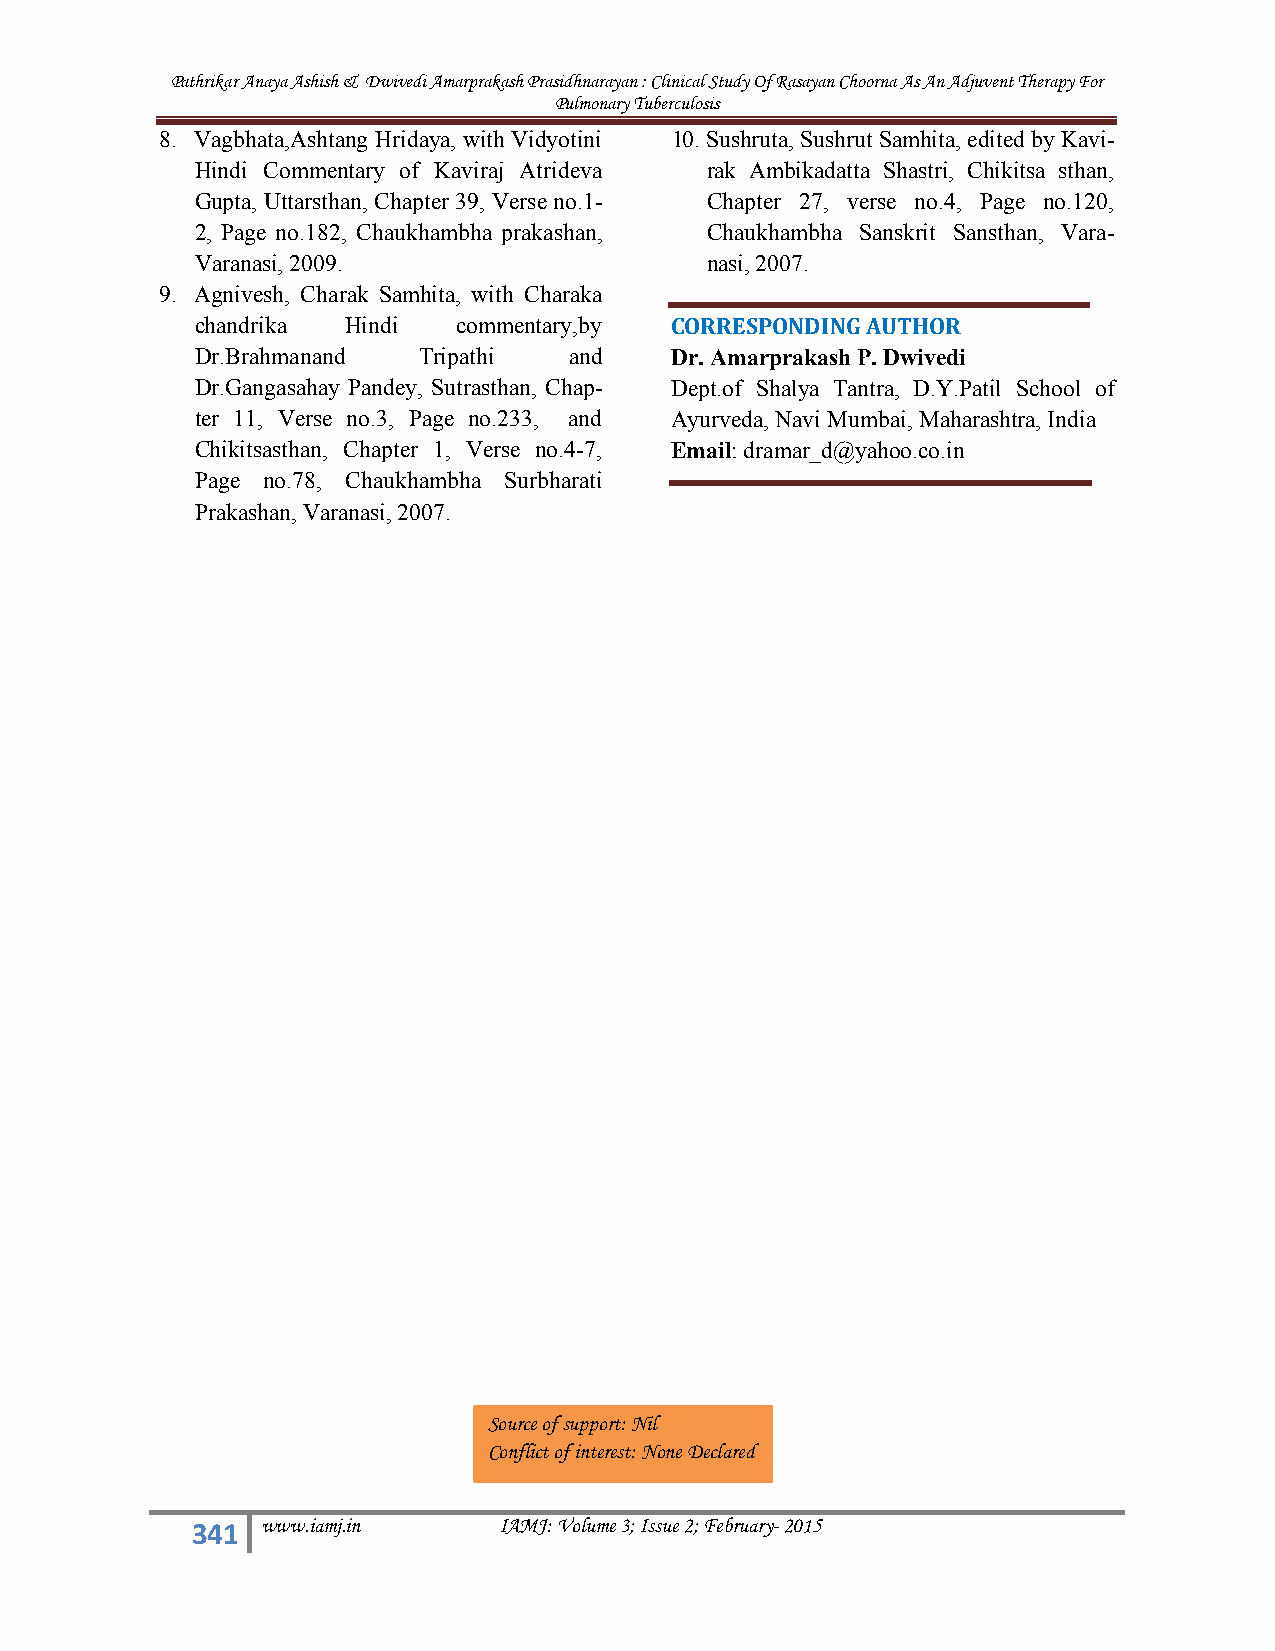
Pathrikar Anaya Ashish & Dwivedi Amarprakash Prasidhnarayan : Clinical Study Of Rasayan Choorna As An Adjuvent Therapy For
 Pulmonary Tuberculosis
 8. Vagbhata,Ashtang Hridaya, with Vidyotini 10.Sushruta, Sushrut Samhita, edited by Kavi-
 Hindi Commentary of Kaviraj Atrideva rak Ambikadatta Shastri, Chikitsa sthan,
 Gupta, Uttarsthan, Chapter 39, Verse no.1- Chapter 27, verse no.4, Page no.120,
 2, Page no.182, Chaukhambha prakashan, Chaukhambha Sanskrit Sansthan, Vara-
 Varanasi, 2009.                   nasi, 2007.
 9. Agnivesh, Charak Samhita, with Charaka
 chandrika Hindi  commentary,by CORRESPONDING AUTHOR
 Dr.Brahmanand  Tripathi  and   Dr. Amarprakash P. Dwivedi
 Dr.Gangasahay Pandey, Sutrasthan, Chap- Dept.of Shalya Tantra, D.Y.Patil School of
 ter 11, Verse no.3, Page no.233, and Ayurveda, Navi Mumbai, Maharashtra, India
 Chikitsasthan, Chapter 1, Verse no.4-7, Email: dramar_d@yahoo.co.in
 Page no.78, Chaukhambha Surbharati
 Prakashan, Varanasi, 2007.
 Source of support: Nil
 Conflict of interest: None Declared
 341 www.iamj.in     IAMJ: Volume 3; Issue 2; February-2015